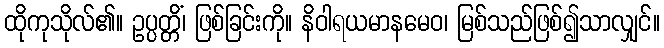
ထိုကုသိုလ်၏။ ဥပ္ပတ္တိံ၊ ဖြစ်ခြင်းကို။ နိဝါရယမာနမေဝ၊ မြစ်သည်ဖြစ်၍သာလျှင်။